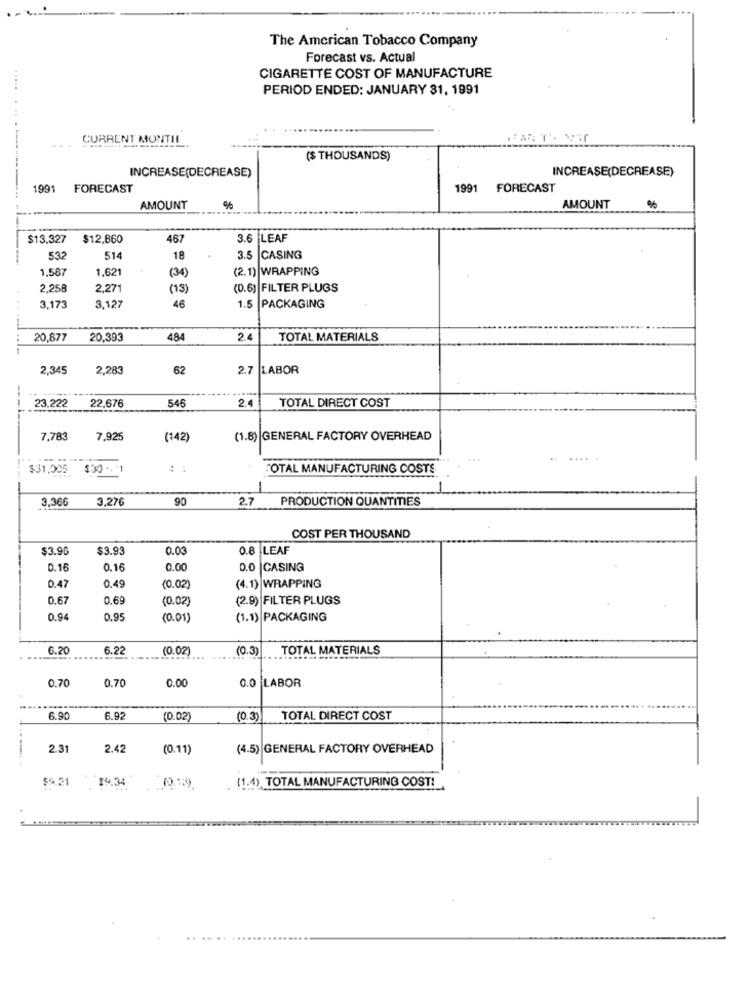
The American Tobacco Company
Forecast vs. Actual
CIGARETTE COST OF MANUFACTURE
PERIOD ENDED: JANUARY 31, 1991
CURRENT MONTH
--.
($ THOUSANDS)
INCREASE(DECREASE)
INCREASE(DECREASE)
1991
FORECAST
1991
FORECAST
AMOUNT
96
AMOUNT
%
$13.327
$12,860
467
3.6 LEAF
....
532
514
18
3.5 CASING
1,587
1.621
(34)
(2.1) WRAPPING
2,258
2,271
(13)
(0.6) FILTER PLUGS
46
3.173
3.127
1.5 PACKAGING
20,877
20,393
484
2.
TOTAL MATERIALS
2,345
2,283
62
2.7
LABOR
23,222
22,676
546
2.4
TOTAL DIRECT COST
7,783
7,925
(142)
(1.8) |GENERAL FACTORY OVERHEAD
$31,005
$30 .
: :
"OTAL MANUFACTURING COSTS
3,366
3,276
90
2.7
PRODUCTION QUANTITIES
COST PER THOUSAND
$3.96
$3.9
0.0
0.8 LEAF
0.16
0.16
0.00
D.O |CASING
0.49
0.47
(0.02)
(4.1) WRAPPING
0.67
0.69
(0.02)
(2.9) |FILTER PLUGS
0.94
0.95
(0.01)
(1.1) PACKAGING
6.20
6.22
(0.02
(0.3)
TOTAL MATERIALS
0.0
0.70
0.70
0.00
LABOR
6.9
6.92
(0.02)
(0.3)
TOTAL DIRECT COST
2.31
2.42
(0.11)
(4.5) GENERAL FACTORY OVERHEAD
$5.21
$4.34
(1.4) TOTAL MANUFACTURING COST!
:013)